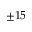
\pm 1 5